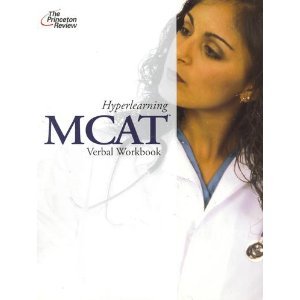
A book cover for The Princeton Review Hyperlearning MCAT Verbal Workbook (MCAT); The Princeton Review; Test Preparation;